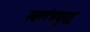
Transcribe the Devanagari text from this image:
स्वतंत्रयुद्ध